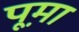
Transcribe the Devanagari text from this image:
पूम़ा